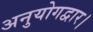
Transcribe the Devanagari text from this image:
अनुयोगद्वार।